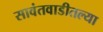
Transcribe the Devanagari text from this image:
सावंतवाडीतल्या